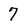
Character: 7